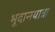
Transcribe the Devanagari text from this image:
भूदानयात्रा